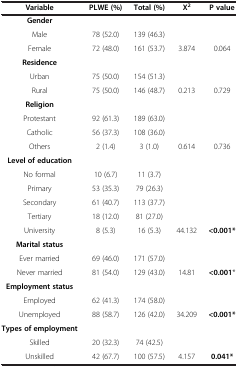
| Variable | PLWE (%) | Total (%) | X2 | P value |
 | --- | --- | --- | --- | --- |
 | Gender |  |  |  |  |
 | Male | 78 (52.0) | 139 (46.3) |  |  |
 | Female | 72 (48.0) | 161 (53.7) | 3.874 | 0.064 |
 | Residence |  |  |  |  |
 | Urban | 75 (50.0) | 154 (51.3) |  |  |
 | Rural | 75 (50.0) | 146 (48.7) | 0.213 | 0.729 |
 | Religion |  |  |  |  |
 | Protestant | 92 (61.3) | 189 (63.0) |  |  |
 | Catholic | 56 (37.3) | 108 (36.0) |  |  |
 | Others | 2 (1.4) | 3 (1.0) | 0.614 | 0.736 |
 | Level of education |  |  |  |  |
 | No formal | 10 (6.7) | 11 (3.7) |  |  |
 | Primary | 53 (35.3) | 79 (26.3) |  |  |
 | Secondary | 61 (40.7) | 113 (37.7) |  |  |
 | Tertiary | 18 (12.0) | 81 (27.0) |  |  |
 | University | 8 (5.3) | 16 (5.3) | 44.132 | <0.001* |
 | Marital status |  |  |  |  |
 | Ever married | 69 (46.0) | 171 (57.0) |  |  |
 | Never married | 81 (54.0) | 129 (43.0) | 14.81 | <0.001* |
 | Employment status |  |  |  |  |
 | Employed | 62 (41.3) | 174 (58.0) |  |  |
 | Unemployed | 88 (58.7) | 126 (42.0) | 34.209 | <0.001* |
 | Types of employment |  |  |  |  |
 | Skilled | 20 (32.3) | 74 (42.5) |  |  |
 | Unskilled | 42 (67.7) | 100 (57.5) | 4.157 | 0.041* |